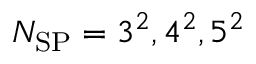
N _ { \mathrm { S P } } = 3 ^ { 2 } , 4 ^ { 2 } , 5 ^ { 2 }